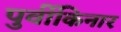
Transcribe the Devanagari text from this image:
पुर्वीकिनार